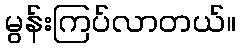
မွန်းကြပ်လာတယ်။